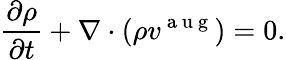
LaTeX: \frac{\partial\rho}{\partial t}+\nabla\cdot(\rho v^{\mathrm{~a~u~g~}})=0.